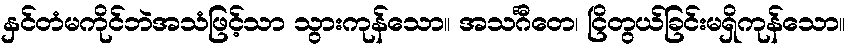
နှင်တံမကိုင်ဘဲအသံဖြင့်သာ သွားကုန်သော။ အသင်္ဂီတေ၊ ငြိတွယ်ခြင်းမရှိကုန်သော။